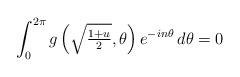
LaTeX: \begin{align*}\int_0^{2\pi}g\left(\textstyle\sqrt{\frac{1+u}{2}},\theta\right)e^{-in\theta}\,d\theta=0\end{align*}